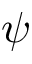
\psi